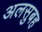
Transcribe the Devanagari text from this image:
अलसुबह